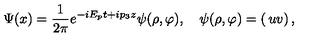
\Psi ( x ) = { \frac { 1 } { 2 \pi } } e ^ { - i E _ { p } t + i p _ { 3 } z } \psi ( \rho , \varphi ) , \quad \psi ( \rho , \varphi ) = \left( \begin{matrix} { u } \\ { v } \\ \end{matrix} \right) ,